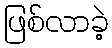
ဖြစ်လာခဲ့